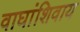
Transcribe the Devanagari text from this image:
वाघांशिवाय